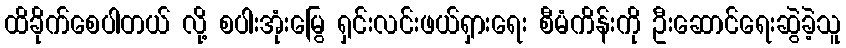
ထိခိုက်စေပါတယ် လို့ စပါးအုံးမြွေ ရှင်းလင်းဖယ်ရှားရေး စီမံကိန်းကို ဦးဆောင်ရေးဆွဲခဲ့သူ